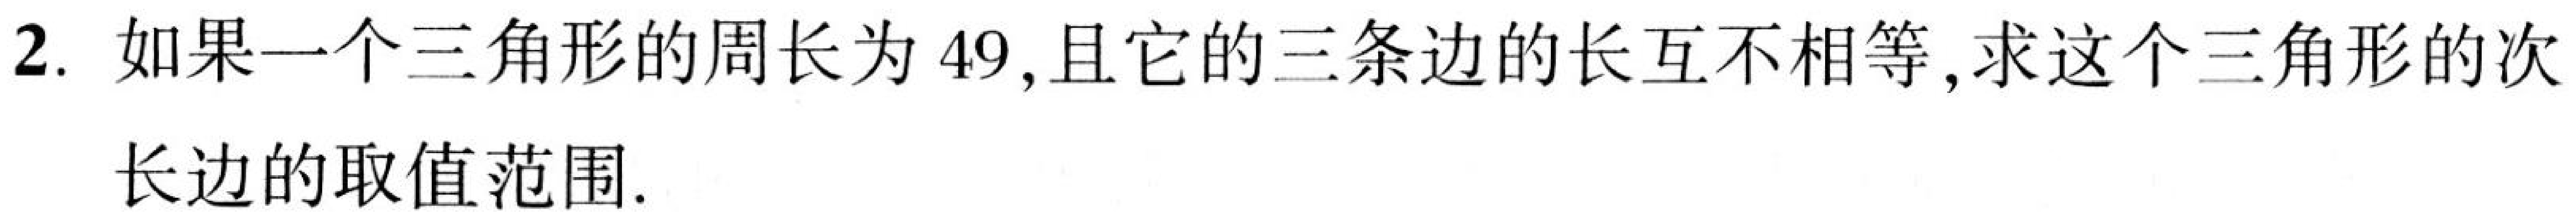
2. 如果一个三角形的周长为\(49\)，且它的三条边的长互不相等，求这个三角形的次
长边的取值范围.